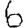
Digit: 6